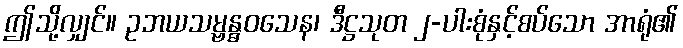
ဤသို့လျှင်။ ဥဘယသမ္ဗန္ဓဝသေန၊ ဒီဋ္ဌသုတ ၂-ပါးစုံနှင့်စပ်သော အာရုံ၏